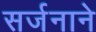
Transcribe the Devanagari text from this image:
सर्जनाने